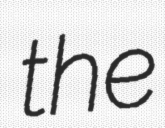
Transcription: the